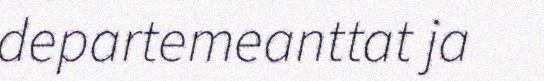
departemeanttat ja